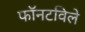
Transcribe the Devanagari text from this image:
फॉनटविले